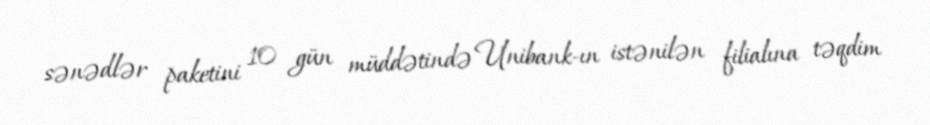
sənədlər paketini 10 gün müddətində Unibank-ın istənilən filialına təqdim